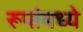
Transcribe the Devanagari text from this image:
रूपांमध्ये